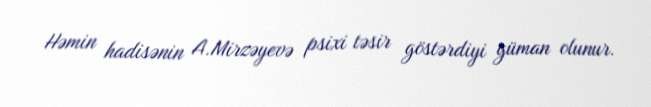
Həmin hadisənin A.Mirzəyevə psixi təsir göstərdiyi güman olunur.